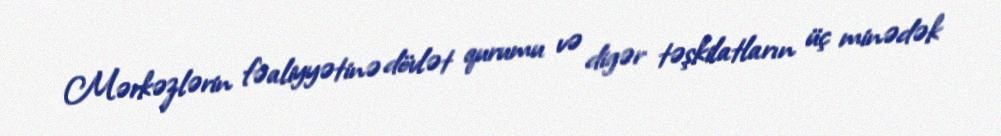
Mərkəzlərin fəaliyyətinə dövlət qurumu və digər təşkilatların üç minədək